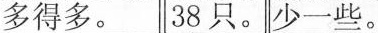
多得多。38只 。少一些。